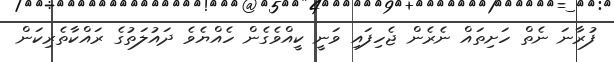
ފުރާނަ ނެތް ހަށިތައް ނެރެން ޖެހިފައި ވަނީ ކީއްވެގެން ހެއްޔެވެ ދައުލަތުގެ ރައްކާތެރިކަން